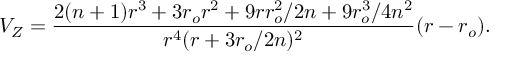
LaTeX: V _ { Z } = { \frac { 2 ( n + 1 ) r ^ { 3 } + 3 r _ { o } r ^ { 2 } + 9 r r _ { o } ^ { 2 } / 2 n + 9 r _ { o } ^ { 3 } / 4 n ^ { 2 } } { r ^ { 4 } ( r + 3 r _ { o } / 2 n ) ^ { 2 } } } ( r - r _ { o } ) .